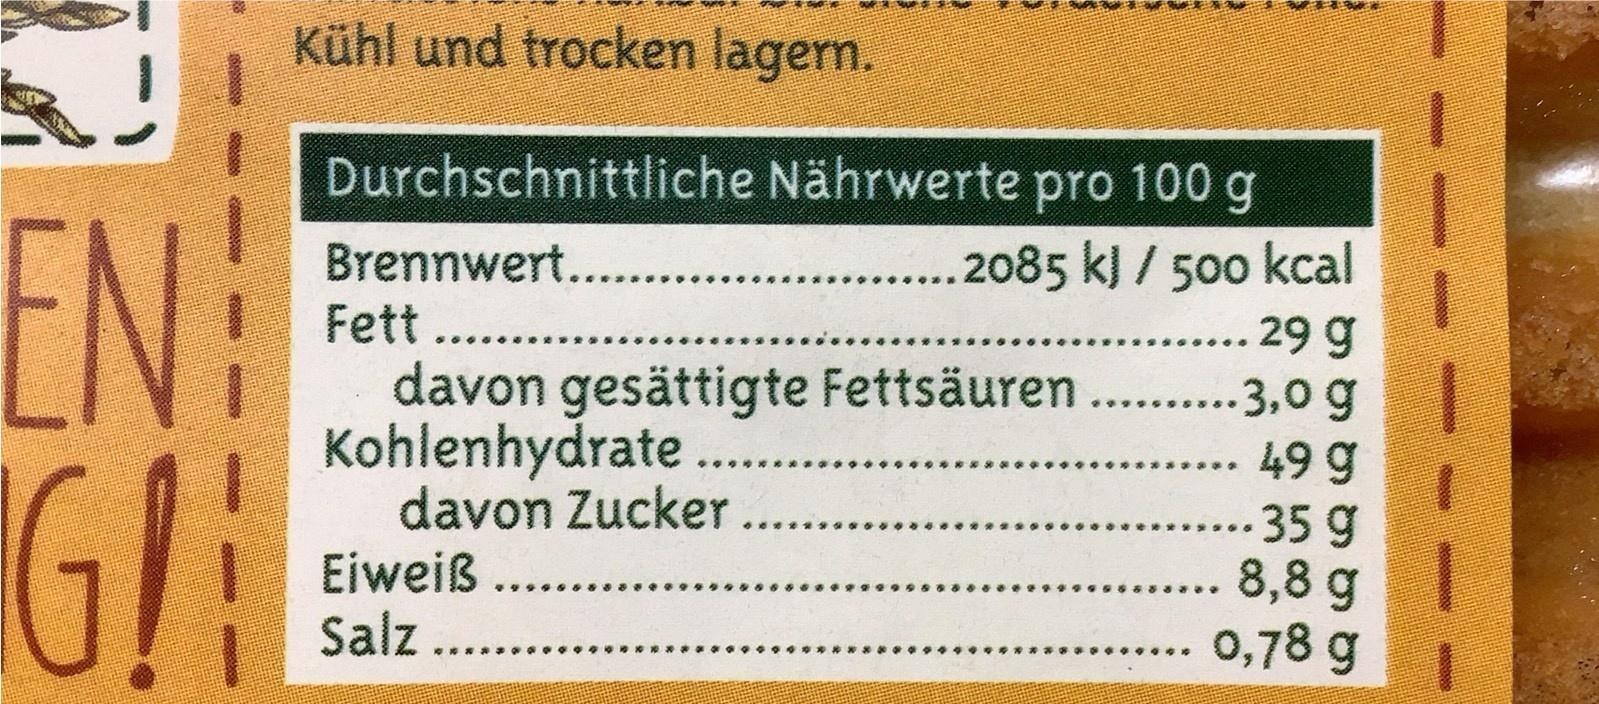
Kühl und trocken lagern.
EN: G!
Durchschnittliche Nährwerte pro 100 g 2085 kJ / 500 kcal 29 g ...3,0 g 49 g 35 g 8,8 g 0,78 g
Brennwert. Fett ...
....
davon gesättigte Fettsäuren... Kohlenhydrate .. davon Zucker
Eiweiß Salz ...